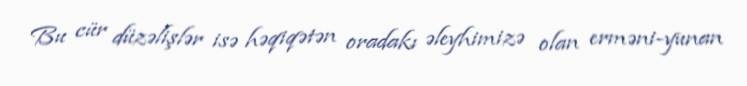
Bu cür düzəlişlər isə həqiqətən oradakı əleyhimizə olan erməni-yunan